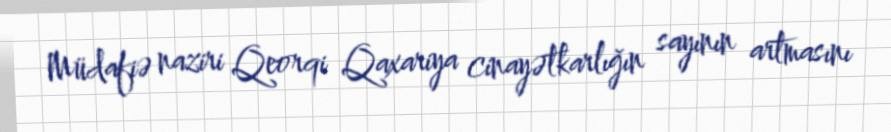
Müdafiə naziri Qeorqi Qaxariya cinayətkarlığın sayının artmasını